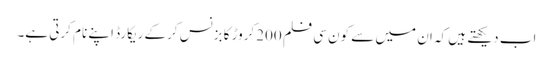
اب دیکھتے ہیں کہ ان میں سے کون سی فلم 200کروڑ کا بزنس کرکے ریکارڈ اپنے نام کرتی ہے۔